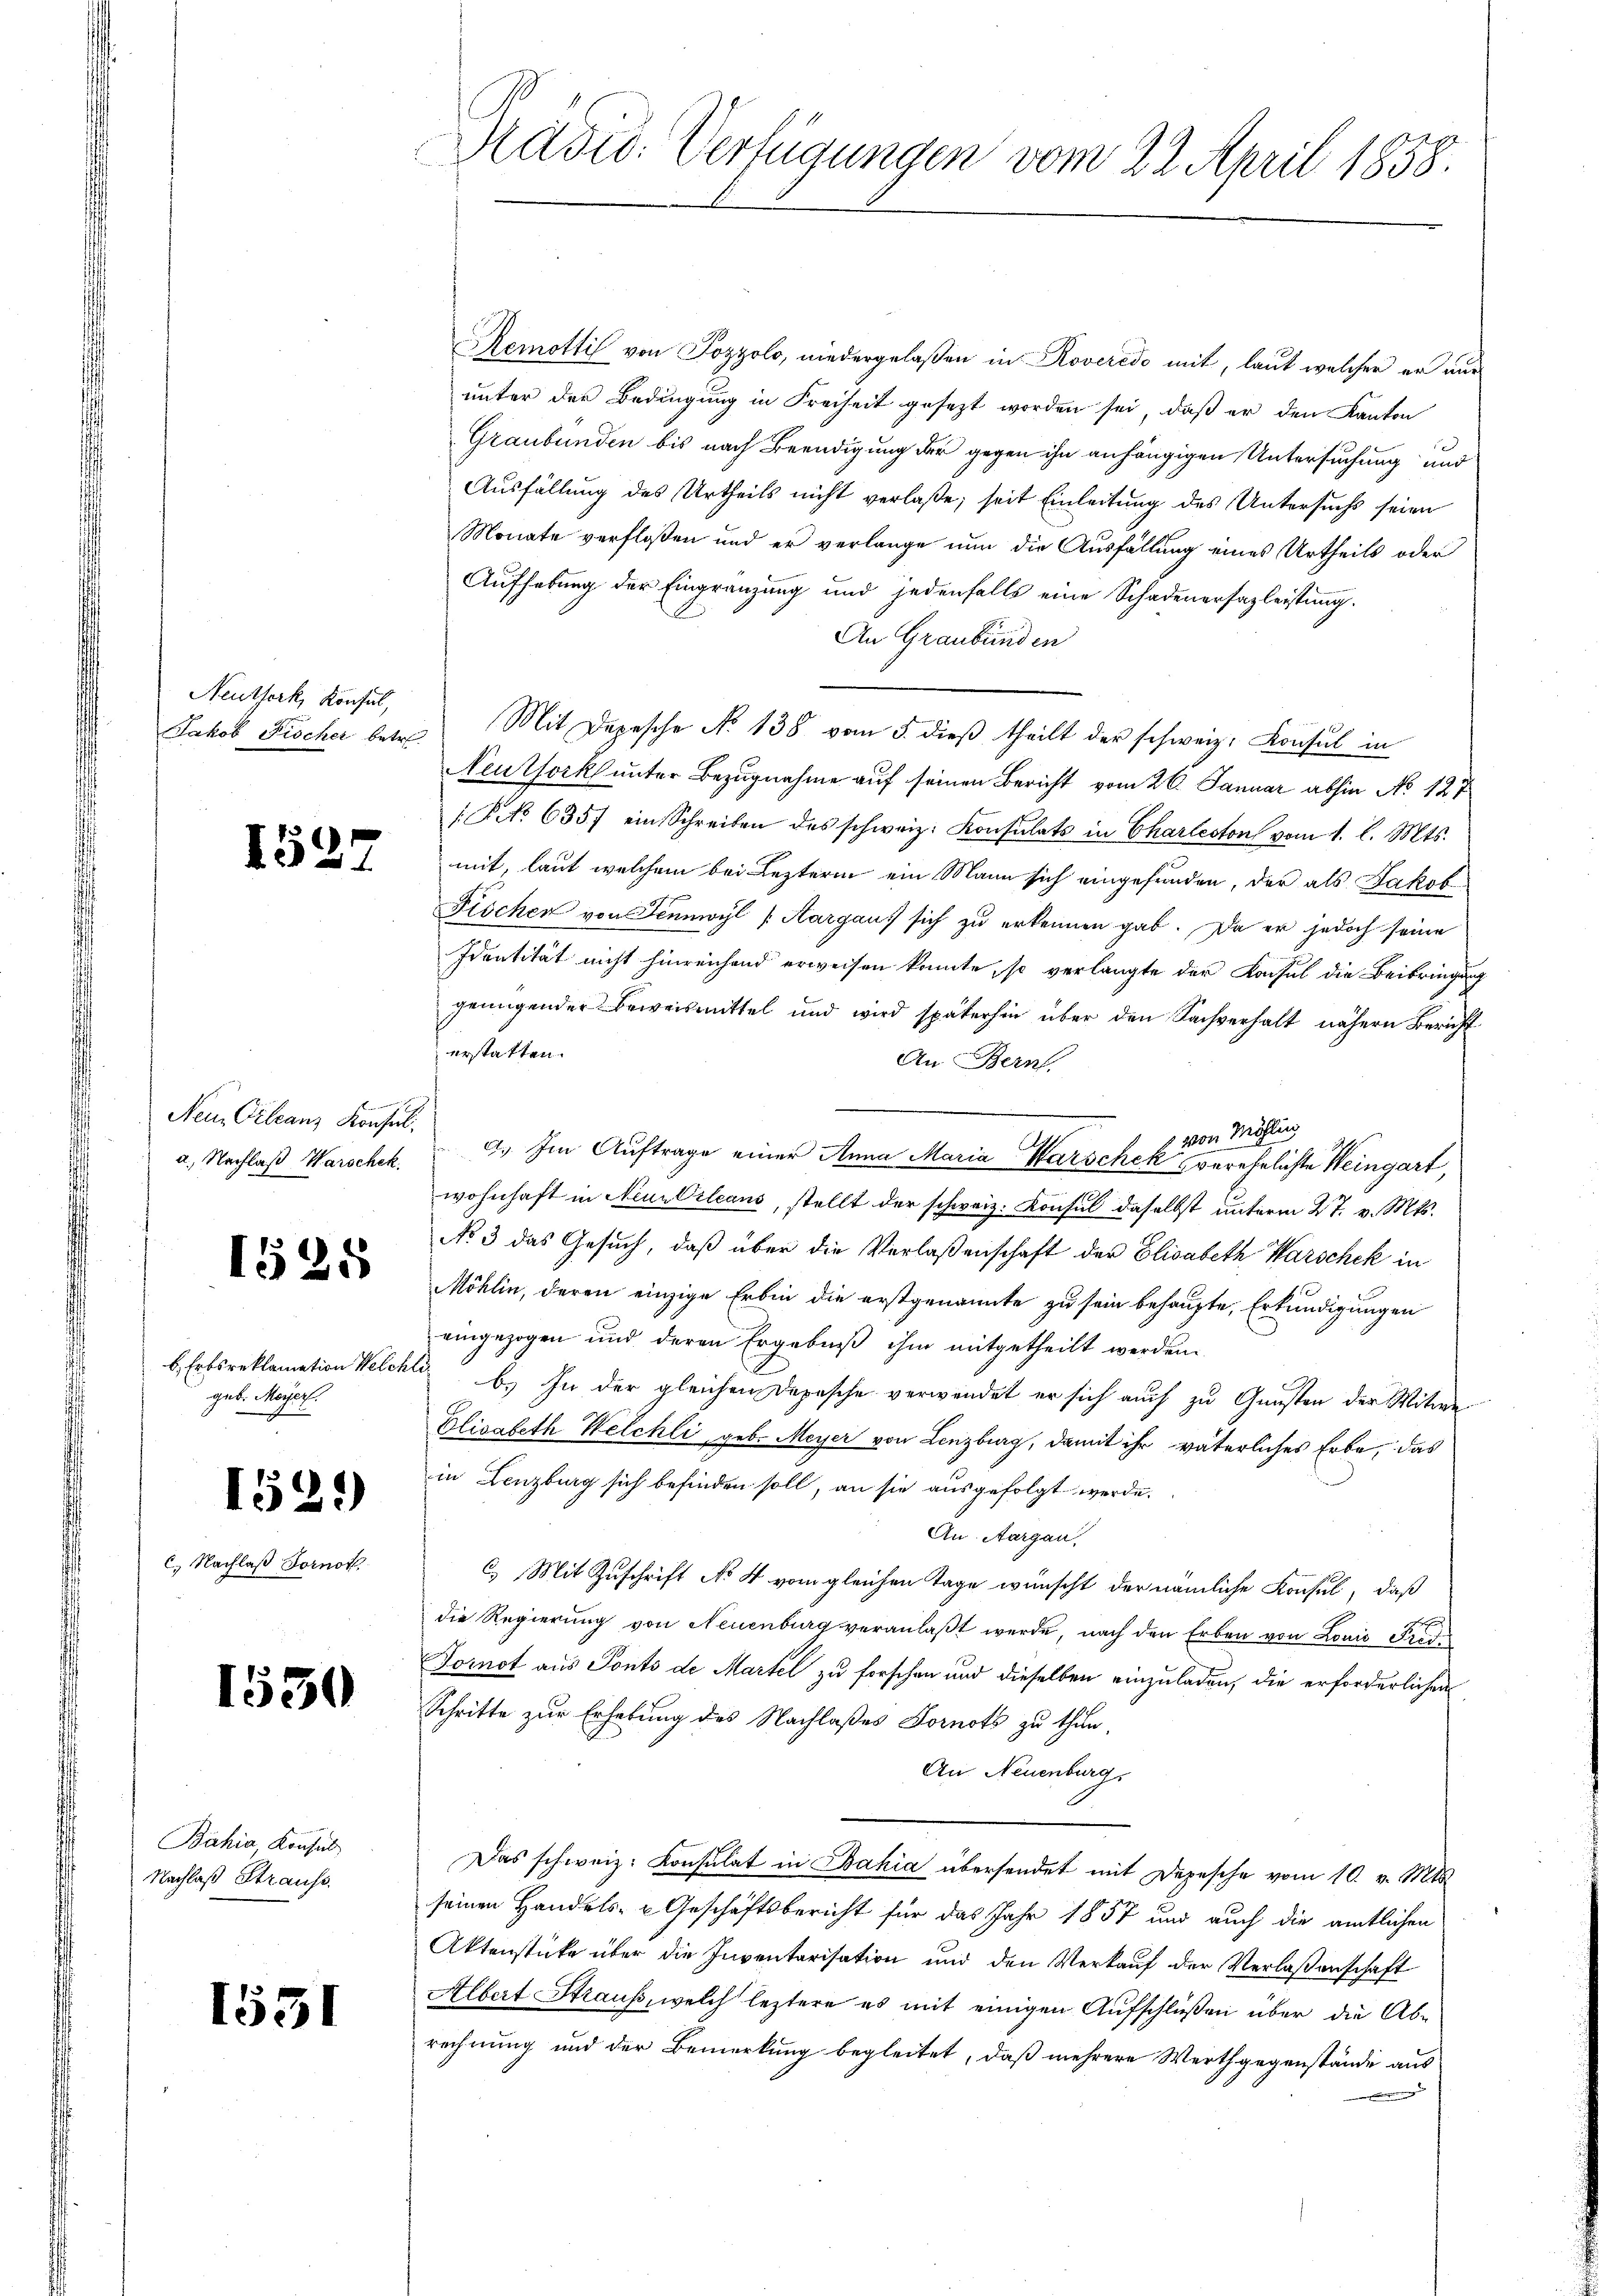
Neuthork, Konsul,

152.

a. Nachlaß Warschek.

1525

b. Erbsreklamation Welche
geb. Meyer.

1529)

C. Nachlaß Fornot

1530

Bahia Konsul
Nachlaß Strause.

1551

Präsid. Verfügungen vom 22. April 1858.

Remottil von Pozzolo, niedergelaßen in Roveredo mit, laut welcher er nur
unter der Bedingung in Freiheit gesezt worden sei, daß er den Kanton
Graubünden bis nach Beendigung der gegen ihn anhängigen Untersuchung und
Ausfällung des Urtheils nicht verlaße; seit Einleitung des Untersuchs seien
Monate verfloßen und er verlange nun die Ausfällung eines Urtheils oder
Aufhebung der Eingränzung und jedenfalls eine Schadenersazleistung.
An Graubünden
Jakob Fischer betr. Mit Depesche No. 138 vom 5. dieß theilt der schweiz. Konsul in
Neuthork unter Bezugnahme auf seinen Bericht vom 26. Januar abhin No 127
1 No 6357 ein Schreiben des schweiz. Konsulats in Charteston vom 1. l. Mts.
mit, laut welchem bei Lezterin ein Mann sich eingefunden, der als Jakob
Fischen von Sennwyl (Aargau, sich zu erkennen gab. Da er jedoch seine
Identität nicht hinreichend erweisen konnte, so verlangte der Konsul die Beibringung
genügender Erweismittel und wird späterhin über den Sachverhalt nähern Bericht
erstatten.
An Bern.
s von Möhling
Nein Orleanz Konsul. 9. Im Auftrage einer Anna Maria Warschek verehelichte Weingart,
wohnhaft in Neue Vileans, stellt der schweiz. Konsul daselbst unterm 27. v. Mts.
No 3 das Gesuch, daß über die Verlaßenschaft der Elisabeth Warschek in
Möhlin, deren einzige Erbin die erstgenannte zu sein behaupte, Erkundigungen
eingezogen und deren Ergebniß ihm mitgetheilt werden.
 b.) In der gleichen Depesche verwendet er sich auch zu Gunsten der Mitwe
Elisabeth Welchli, geb. Meyer von Lenzburg, damit ihr väterliches Erbe, das
in Lenzburg sich befinden soll, an sie ausgefolgt werde.
An Aargau,
C. Mit Zuschrift No 4 vom gleichen Tage wünscht der nämliche Konsul, daß
die Regierung von Neuenburg veranlaßt werde, nach den Erben von Louis Frid
Fornot aus Ponto de Martel zu forschen und dieselben einzuladen, die erforderlichen
Schritte zur Erhebung des Nachlaßes Fornots zu thun.
An Neuenburg,
Das schweiz. Konsulat in Bahia übersendet mit Depesche vom 10. v. Mts.
seinen Handels- u Geschäftsbericht für das Jahr 1857 und auch die amtlichen
Aktenstücke über die Inventarisation und den Verkauf der Verlaßenschaft
Albert Straus, welch leztere es mit einigen Aufschlüßen über die Abrechnung und der Bemerkung begleitet, daß mehrere Werthgegenstände aus